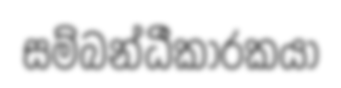
සම්බන්ධීකාරකයා